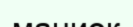
маниок